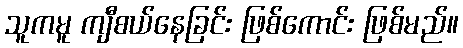
သူကမူ ကျီစယ်နေခြင်း ဖြစ်ကောင်း ဖြစ်မည်။